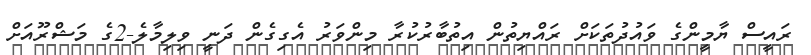
ރައީސް ޔާމީންގެ ވައުދުތަކަށް ރައްޔިތުން އިތުބާރުކުރާ މިންވަރު އެގިގެން ދަނީ ވިލިމާލެ-2ގެ މަޝްރޫއަށް